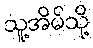
သူ့အိမ်သို့